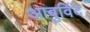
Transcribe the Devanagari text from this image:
आबुविंद